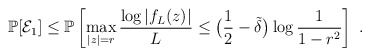
\begin{align*}\mathbb P[\mathcal E_1]\leq \mathbb P\left[ \max_{|z|=r}\frac{\log|f_L(z)|}{L}\leq \bigl(\frac{1}{2}-\tilde{\delta}\bigr)\log\frac{1}{1-r^2} \right]\ .\end{align*}